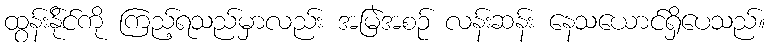
ထွန်းနို်င်ကို ကြည့်ရသည်မှာလည်း အမြဲအစဉ် လန်းဆန်း နေသယောင်ရှိပေသည်။